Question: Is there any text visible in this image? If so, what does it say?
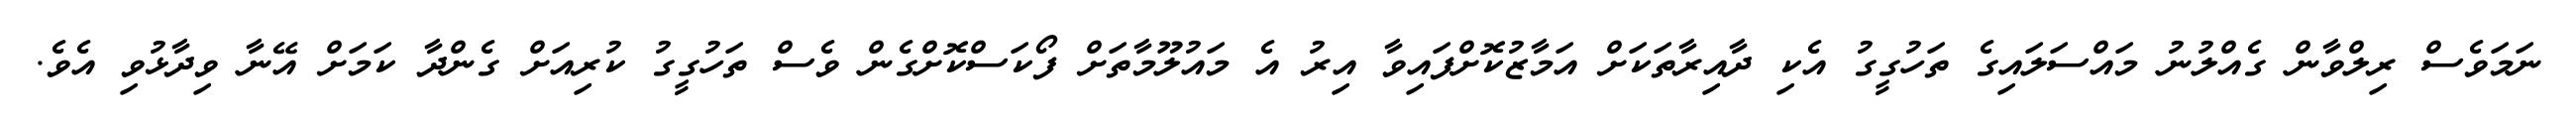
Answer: ނަމަވެސް ރިލްވާން ގެއްލުނު މައްސަލައިގެ ތަހުގީގު އެކި ދާއިރާތަކަށް އަމާޒުކޮށްފައިވާ އިރު އެ މައުލޫމާތަށް ފޯކަސްކޮށްގެން ވެސް ތަހުގީގު ކުރިއަށް ގެންދާ ކަމަށް އޭނާ ވިދާޅުވި އެވެ.